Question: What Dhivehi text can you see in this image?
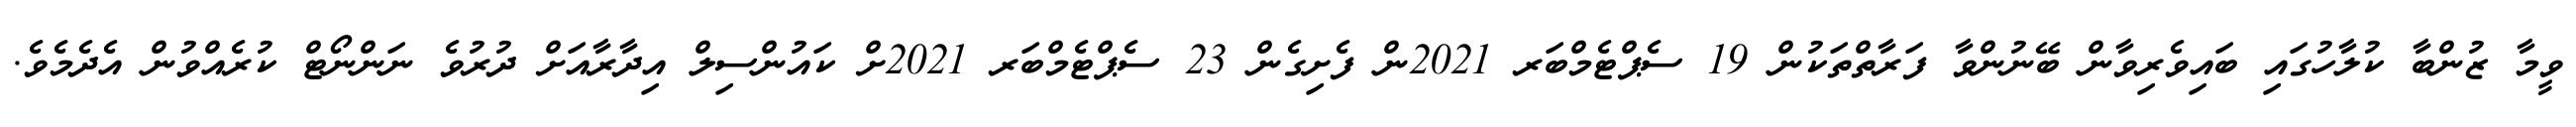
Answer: ވީމާ ޒުންބާ ކުލާހުގައި ބައިވެރިވާން ބޭނުންވާ ފަރާތްތަކުން 19 ސެޕްޓެމްބަރ 2021ން ފެށިގެން 23 ސެޕްޓެމްބަރ 2021ށް ކައުންސިލް އިދާރާއަށް ދުރުވެ ނަންނޯޓް ކުރެއްވުން އެދެމެވެ.